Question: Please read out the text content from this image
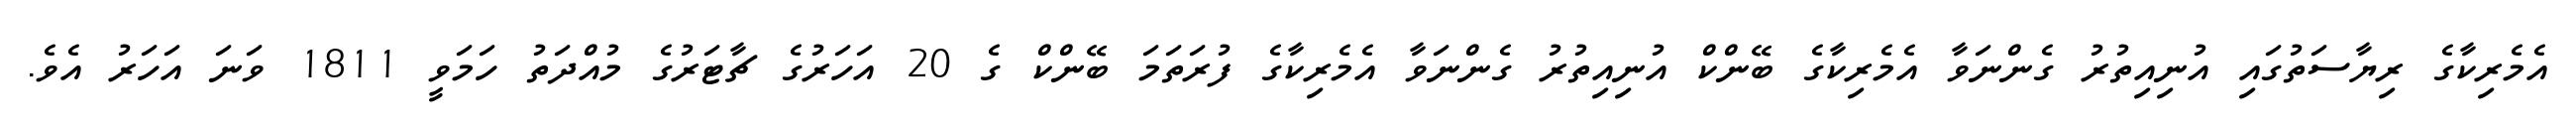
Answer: އެމެރިކާގެ ރިޔާސަތުގައި އުނިއިތުރު ގެންނަވާ އެމެރިކާގެ ބޭންކް އުނިއިތުރު ގެންނަވާ އެމެރިކާގެ ފުރަތަމަ ބޭންކް ގެ 20 އަހަރުގެ ޗާޓަރުގެ މުއްދަތު ހަމަވީ 1811 ވަނަ އަހަރު އެވެ.